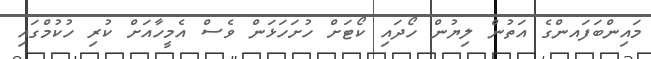
މައިންބަފައންގެ އަތުން ލިޔުން ހޯދައި ކޯޓަށް ހުށަހަޅަން ވެސް އެމީހާއަށް ކުރި ހުކުމްގައި